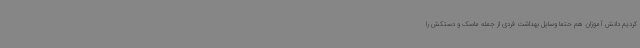
کردیم دانش آموزان هم حتما وسایل بهداشت فردی از جمله ماسک و دستکش را